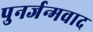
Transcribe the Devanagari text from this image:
पुनर्जन्मवाद